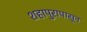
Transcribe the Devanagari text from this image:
शहापुरापासून